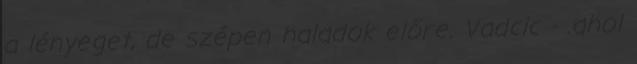
a lényeget, de szépen haladok előre. Vadcic - .ahol